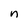
Character: n